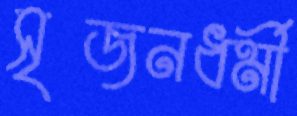
সৃজনধর্মী